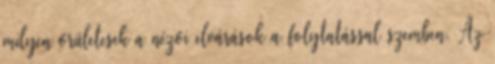
milyen őrületesek a nézői elvárások a folytatással szemben. Az